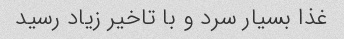
غذا بسیار سرد و با تاخیر زیاد رسید